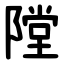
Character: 隚